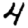
Digit: 4